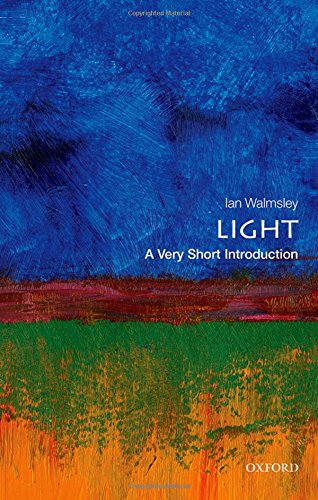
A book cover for Light: A Very Short Introduction (Very Short Introductions); Ian A. Walmsley; Science & Math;